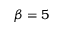
\beta = 5